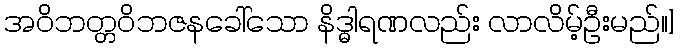
အဝိဘတ္တဝိဘဇနခေါ်သော နိဒ္ဓါရဏလည်း လာလိမ့်ဦးမည်။]